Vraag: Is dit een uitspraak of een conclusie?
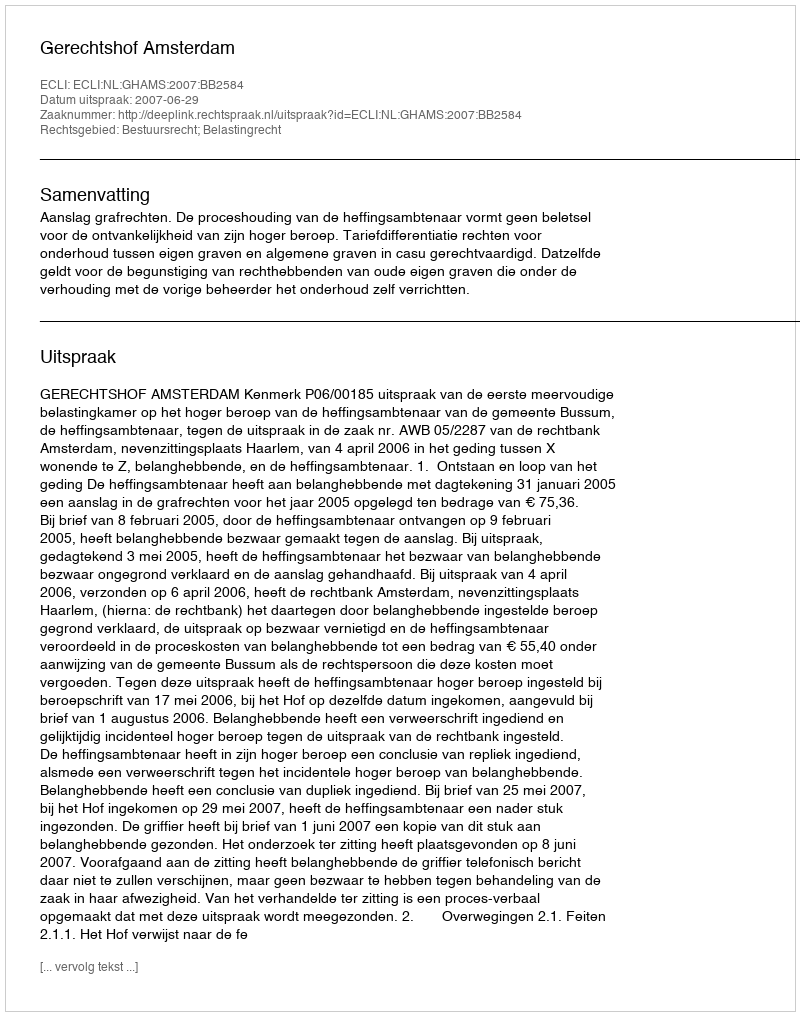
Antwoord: Uitspraak